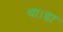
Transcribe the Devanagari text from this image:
था।डा